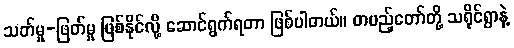
သတ်မှု-ဖြတ်မှု ဖြစ်နိုင်လို့ ဆောင်ရွက်ရတာ ဖြစ်ပါတယ်။ တပည့်တော်တို့ သရိုင်ရွာနဲ့